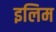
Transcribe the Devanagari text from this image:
इलिम